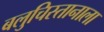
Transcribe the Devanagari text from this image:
बलुचिस्तानाला